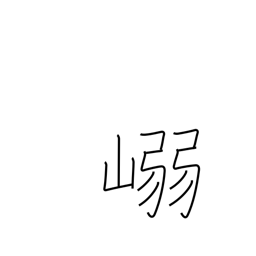
Meaning: mountain pass